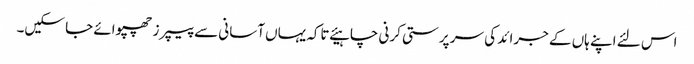
اس لئے اپنے ہاں کے جرائد کی سر پرستی کرنی چاہیئے تاکہ یہاں آسانی سے پیپرز چھپوائے جا سکیں۔